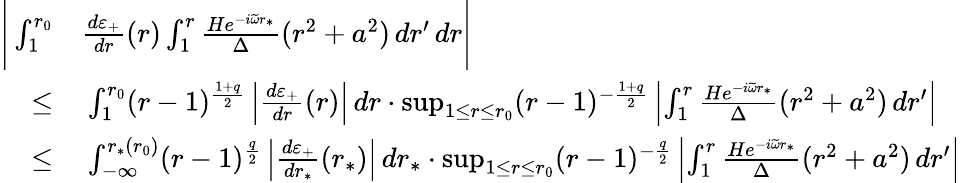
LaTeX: \begin{array}{rl}{\Bigg|\int_{1}^{r_{0}}}&{\frac{d\varepsilon_{+}}{dr}(r)\int_{1}^{r}\frac{He^{-i\widetilde{\omega}r_{*}}}{\Delta}(r^{2}+a^{2})\, dr^{\prime}\, dr\Bigg|}\\ {\leq}&{\: \int_{1}^{r_{0}}(r-1)^{\frac{1+q}{2}}\left|\frac{d\varepsilon_{+}}{dr}(r)\right|\, dr\cdot\operatorname*{sup}_{1\leq r\leq r_{0}}(r-1)^{-\frac{1+q}{2}}\left|\int_{1}^{r}\frac{He^{-i\widetilde{\omega}r_{*}}}{\Delta}(r^{2}+a^{2})\, dr^{\prime}\right|}\\ {\leq}&{\: \int_{-\infty}^{r_{*}(r_{0})}(r-1)^{\frac{q}{2}}\left|\frac{d\varepsilon_{+}}{dr_{*}}(r_{*})\right|\, dr_{*}\cdot\operatorname*{sup}_{1\leq r\leq r_{0}}(r-1)^{-\frac{q}{2}}\left|\int_{1}^{r}\frac{He^{-i\widetilde{\omega}r_{*}}}{\Delta}(r^{2}+a^{2})\, dr^{\prime}\right|}\end{array}